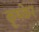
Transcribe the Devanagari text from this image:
कृषकेर